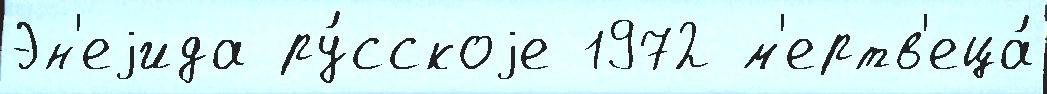
Эн'еjида ру́сскоjе 1972 м'ертв'еца́